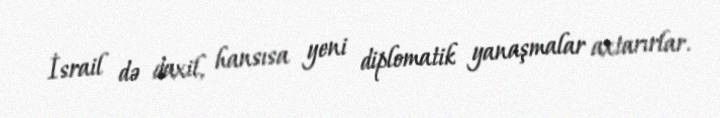
İsrail də daxil, hansısa yeni diplomatik yanaşmalar axtarırlar.